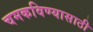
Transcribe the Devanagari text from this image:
चमकविण्यासाठी